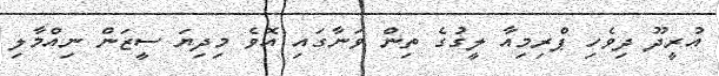
އުރީދޫ ދިވެހި ޕްރިމިއާ ލީގުގެ ތިން ވަނާގައި އޮވެ މިދިޔަ ސީޒަން ނިއްމާލި